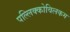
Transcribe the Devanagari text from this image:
पल्लिक्कोविलकम